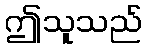
ဤသူသည်